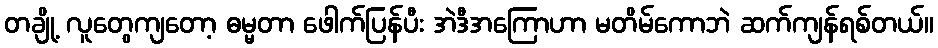
တချို့ လူတွေကျတော့ ဓမ္မတာ ဖေါက်ပြန်ပီး အဲဒီအကြောဟာ မတိမ်ကောဘဲ ဆက်ကျန်ရစ်တယ်။